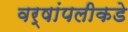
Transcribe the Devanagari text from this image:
वर्षांपलीकडे